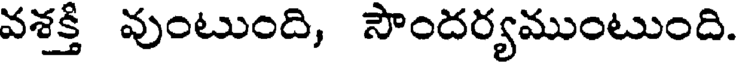
వశక్తి వుంటుంది, సౌందర్యముంటుంది.